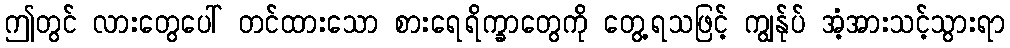
ဤတွင် လားတွေပေါ် တင်ထားသော စားရေရိက္ခာတွေကို တွေ့ရသဖြင့် ကျွန်ုပ် အံ့အားသင့်သွားရာ